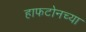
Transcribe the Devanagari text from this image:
हाफटोनच्या